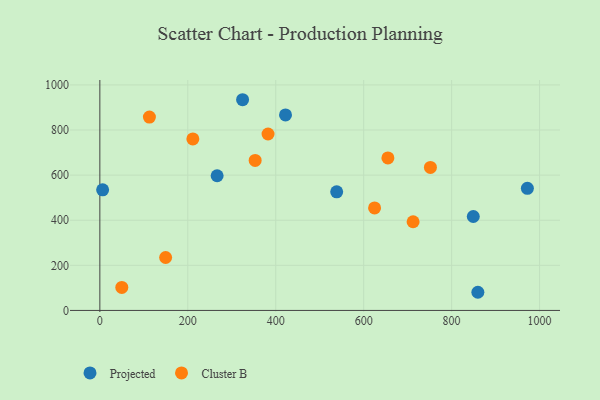
{"axis": {"x": "Ad Spend", "y": "Salary"}, "legend": ["Cluster B", "Projected"], "data": [{"x": "266.7", "y": 597.2, "type": "Projected"}, {"x": "6.3", "y": 534.6, "type": "Projected"}, {"x": "422.2", "y": 866.8, "type": "Projected"}, {"x": "324.6", "y": 934.3, "type": "Projected"}, {"x": "859.7", "y": 80.5, "type": "Projected"}, {"x": "972.3", "y": 541.3, "type": "Projected"}, {"x": "538.6", "y": 525.9, "type": "Projected"}, {"x": "849.3", "y": 416.6, "type": "Projected"}, {"x": "49.9", "y": 102.1, "type": "Cluster B"}, {"x": "149.6", "y": 234.6, "type": "Cluster B"}, {"x": "655.1", "y": 676.1, "type": "Cluster B"}, {"x": "211.5", "y": 760.6, "type": "Cluster B"}, {"x": "353.2", "y": 665.1, "type": "Cluster B"}, {"x": "382.5", "y": 782.3, "type": "Cluster B"}, {"x": "112.7", "y": 857.3, "type": "Cluster B"}, {"x": "624.8", "y": 454.6, "type": "Cluster B"}, {"x": "712.4", "y": 393.2, "type": "Cluster B"}, {"x": "751.8", "y": 634.3, "type": "Cluster B"}]}